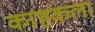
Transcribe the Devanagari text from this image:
काष्टकला